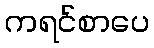
ကရင်စာပေ